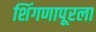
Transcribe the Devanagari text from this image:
शिंगणापूरला